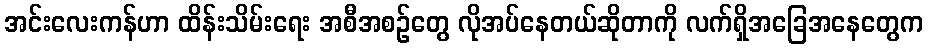
အင်းလေးကန်ဟာ ထိန်းသိမ်းရေး အစီအစဉ်တွေ လိုအပ်နေတယ်ဆိုတာကို လက်ရှိအခြေအနေတွေက